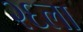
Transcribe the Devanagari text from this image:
२६ला